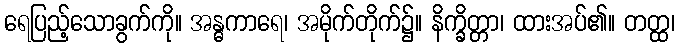
ရေပြည့်သောခွက်ကို။ အန္ဓကာရေ၊ အမိုက်တိုက်၌။ နိက္ခိတ္တာ၊ ထားအပ်၏။ တတ္ထ၊